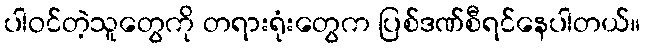
ပါဝင်တဲ့သူတွေကို တရားရုံးတွေက ပြစ်ဒဏ်စီရင်နေပါတယ်။